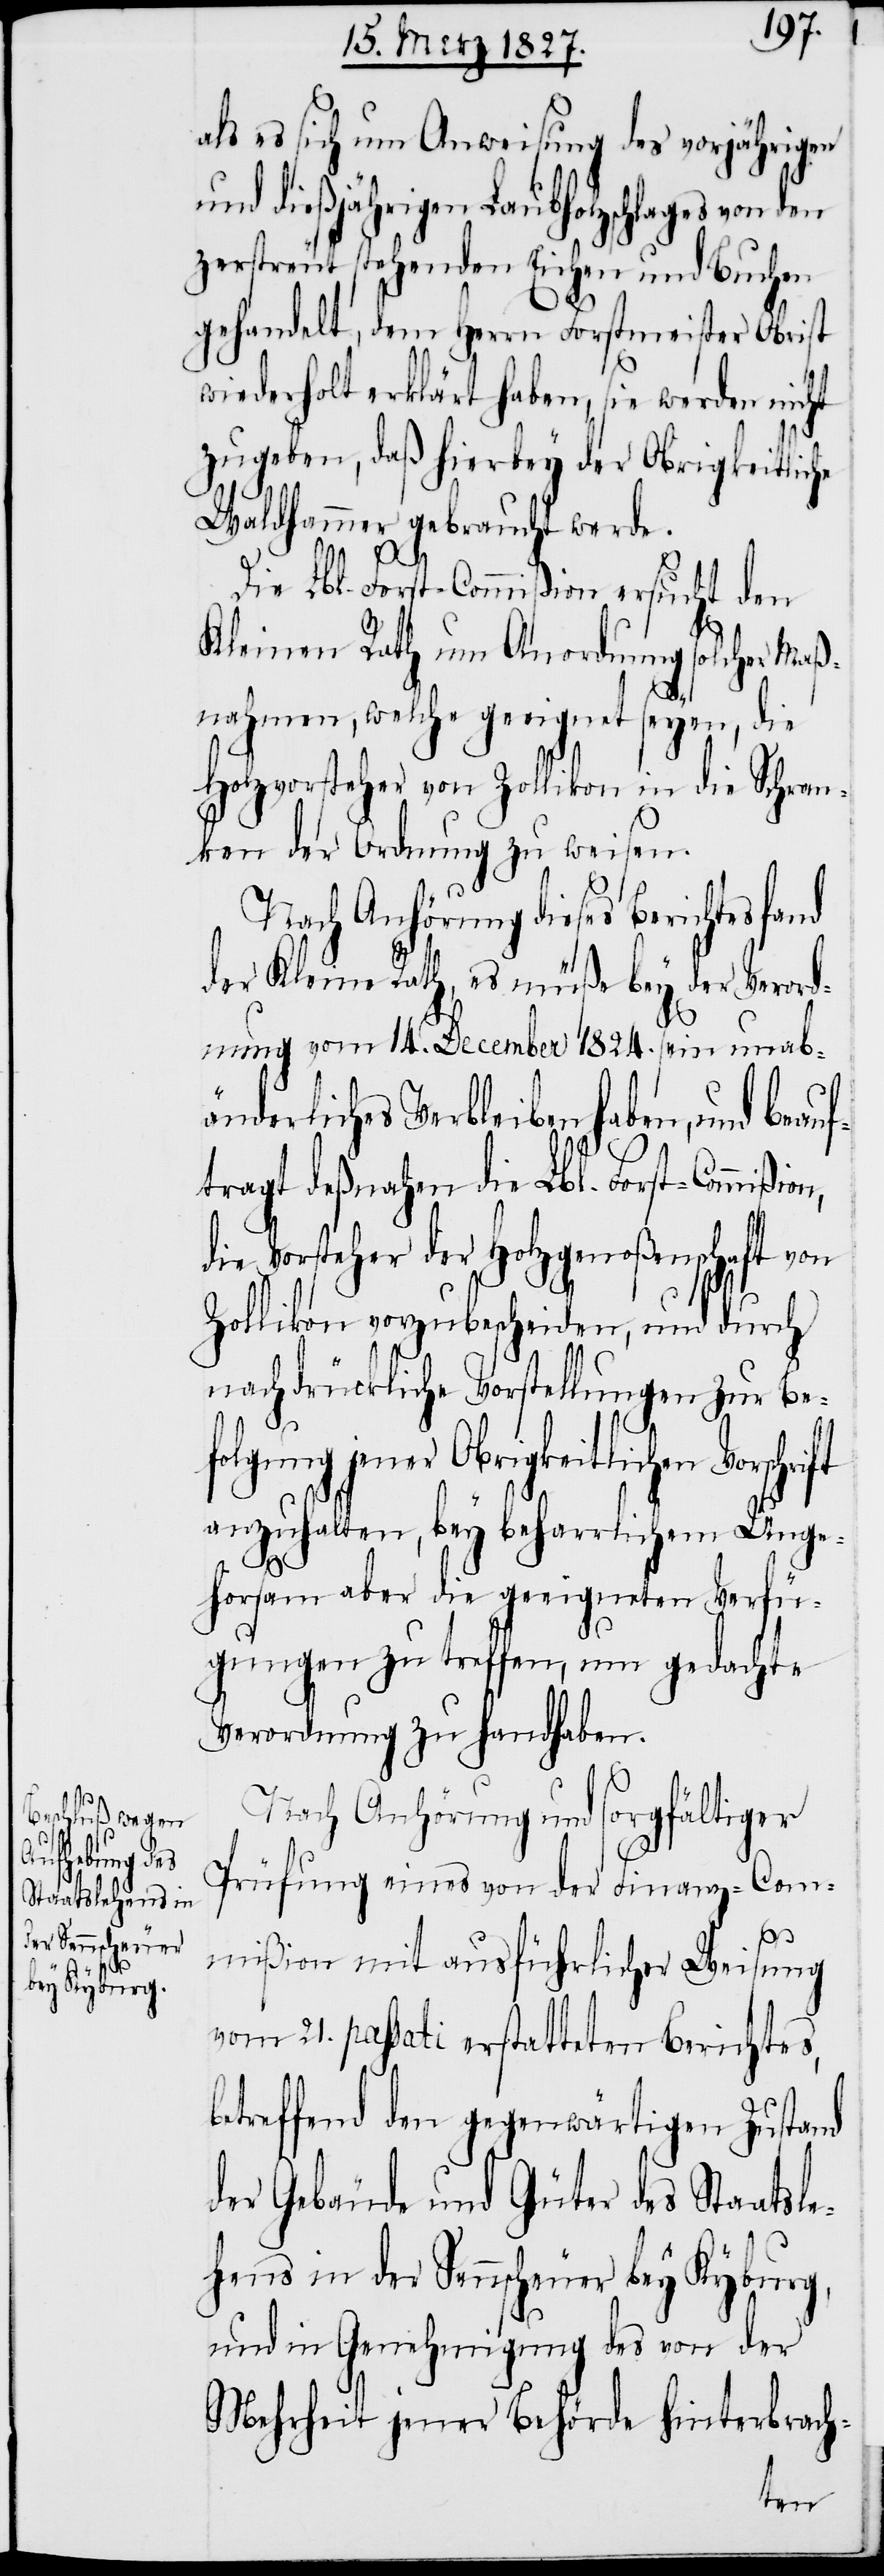
ßion,
der Sennscheuer
bey Kyburg,

als es sich um Anweisung des vorjährigen
und dießjährigen Laubholzschlages von den
zerstreut stehenden Eichen und Buchen
gehandelt, dem Herrn Forstmeister Obrist
wiederholt erklärt haben, sie werden nicht
zugeben, daß hierbey der Obrigkeitliche
Waldhammer gebraucht werde.
Die Lbl. Forst-Commißion ersucht den
Kleinen Rath um Anordnung solcher Maß¬
nahmen, welche geeignet seyen, die
Holzvorsteher von Zollikon in die Schran¬
ken der Ordnung zu weisen.
Nach Anhörung dieses Berichtes
der Kleine Rath, es müße bey der Verord¬
nung vom 14. December 1824. sein unab¬
änderliches Verbleiben haben, und beauf¬
tragt deßnahen die Lbl. Forst-Commi¬
die Vorsteher der Holzgenoßenschaft von
Zollikon vorzubescheiden, und durch
nachdrückliche Vorstellungen zur Be¬
eitlichen Vorschrift
anzuhalten, bey beharrlichem Unge¬
horsam aber die geeigneten Verfü¬
gungen zu treffen, um gedachte
Verordnung zu handhaben.
Nach Anhörung und sorgfältiger
Prüfung eines von der Finanz-Com¬
mißion mit ausführlicher Weisung
vom 21. passati erstatteten Berichtes,
betreffend den gegenwärtigen Zustand
der Gebäude und Güter des Staatsle¬
und in Genehmigung des von der
Mehrheit jener Behörde hinterbrach-
hens